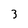
Character: 3